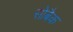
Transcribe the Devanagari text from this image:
सोबैक